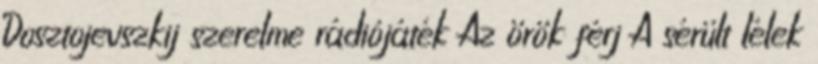
Dosztojevszkij szerelme rádiójáték Az örök férj A sérült lélek